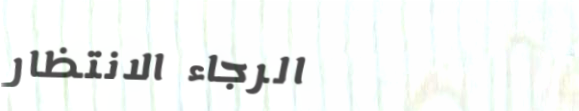
الرجاء الانتظار